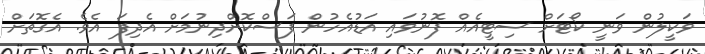
ވަކީލުން ވަނީ ކޯޓަށް ސިޓީއެއް ފޮނުވައި އަޑުއެހުން ފަސްކޮށްދިނުމަށް އެދިފަ އެވެ. އެގޮތަށް